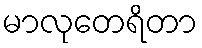
မာလုတေရိတာ